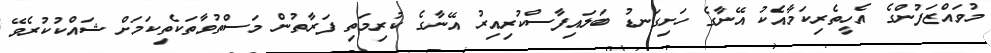
މުވައްޒަފުންގެ އެހީތެރިކަމާއެކު އޭނާގެ ހަށިގަނޑު ބަލައިފާސްކުރިއިރު އޭނާގެ ކުރިމަތި ފަރާތުން މަސްތުވާތަކެތިކަމަށް ޝައްކުކުރެވޭ